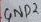
Text: GND2